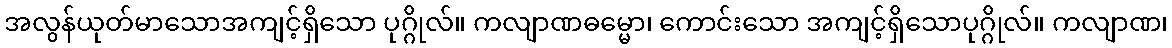
အလွန်ယုတ်မာသောအကျင့်ရှိသော ပုဂ္ဂိုလ်။ ကလျာဏဓမ္မော၊ ကောင်းသော အကျင့်ရှိသောပုဂ္ဂိုလ်။ ကလျာဏ၊